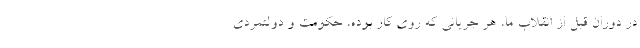
در دوران قبل از انقلاب ما، هر جریانی که روی کار بوده، حکومت و دولتمردی